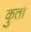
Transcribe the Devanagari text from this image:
कुतों